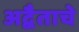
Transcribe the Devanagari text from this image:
अद्वैताचे